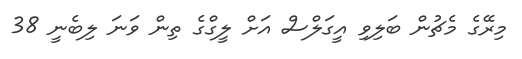
މިރޭގެ މެޗުން ބަލިވި އީގަލްސް އަށް ލީގްގެ ތިން ވަނަ ލިބެނީ 38